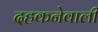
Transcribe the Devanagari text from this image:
दहकनेवाली